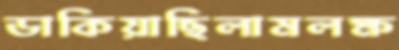
ডাকিয়াছিলামলক্ষ